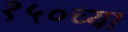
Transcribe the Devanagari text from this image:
१५०च्या